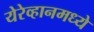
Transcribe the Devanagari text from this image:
येरेव्हानमध्ये